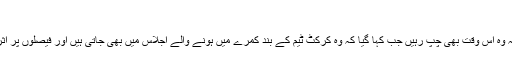
‘
انھوں نے کہا کہ وہ اس وقت بھی چپ رہیں جب کہا گیا کہ وہ کرکٹ ٹیم کے بند کمرے میں ہونے والے اجلاس میں بھی جاتی ہیں اور فیصلوں پر اثر انداز ہوتی ہیں۔